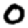
Digit: 0